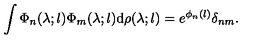
\int \Phi _ { n } ( \lambda ; l ) \Phi _ { m } ( \lambda ; l ) \mathrm { d } \rho ( \lambda ; l ) = e ^ { \phi _ { n } ( l ) } \delta _ { n m } .